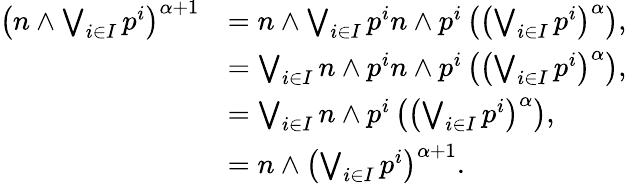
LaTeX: \begin{array}{rl}{\left(n\land\bigvee_{i\in I}p^{i}\right)^{\alpha+1}}&{=n\land\bigvee_{i\in I}p^{i}n\land p^{i}\left(\left(\bigvee_{i\in I}p^{i}\right)^{\alpha}\right),}\\ &{=\bigvee_{i\in I}n\land p^{i}n\land p^{i}\left(\left(\bigvee_{i\in I}p^{i}\right)^{\alpha}\right),}\\ &{=\bigvee_{i\in I}n\land p^{i}\left(\left(\bigvee_{i\in I}p^{i}\right)^{\alpha}\right),}\\ &{=n\land\left(\bigvee_{i\in I}p^{i}\right)^{\alpha+1}.}\end{array}